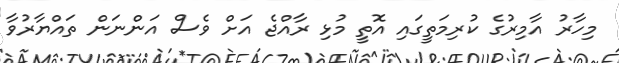
މިހާރު އާމިރުގެ ކުރިމަތީގައި އޮތީ މުޅި ރާއްޖެ އަށް ވެސް އަންނަން ތައްޔާރުވާ